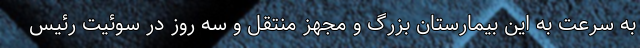
به سرعت به این بیمارستان بزرگ و مجهز منتقل و سه روز در سوئیت رئیس